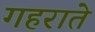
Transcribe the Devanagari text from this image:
गहराते